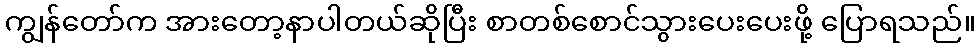
ကျွန်တော်က အားတော့နာပါတယ်ဆိုပြီး စာတစ်စောင်သွားပေးပေးဖို့ ပြောရသည်။